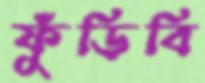
ফুঁড়িবি